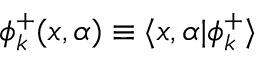
\phi _ { k } ^ { + } ( x , \alpha ) \equiv \langle x , \alpha | \phi _ { k } ^ { + } \rangle